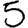
Digit: 5